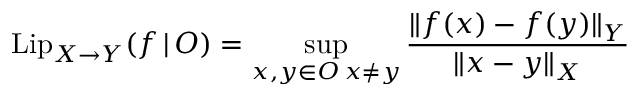
\mathrm { L i p } _ { X \to Y } ( f \, | \, O ) = \operatorname* { s u p } _ { \substack { x , y \in O \, x \neq y } } \frac { \Vert f ( x ) - f ( y ) \Vert _ { Y } } { \Vert x - y \Vert _ { X } }